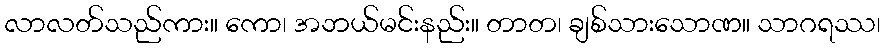
လာလတ်သည်ကား။ ကော၊ အဘယ်မင်းနည်း။ တာတ၊ ချစ်သားသောဏ။ သာဂရဿ၊